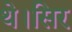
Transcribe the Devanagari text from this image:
थे।सिर